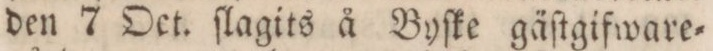
den 7 Oct. ſlagits å Byſke gäſtgifware=